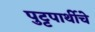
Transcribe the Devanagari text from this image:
पुट्टपार्थीचे